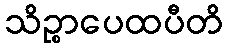
သိဉ္စာပေထပီတိ